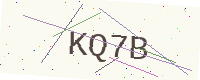
Text: KQ7B